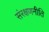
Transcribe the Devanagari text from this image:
संरक्षणनीति